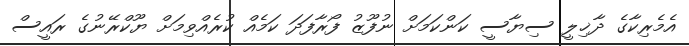
އެމެރިކާގެ ދާޚިލީ ސިޔާސީ ކަންކަމަށް ނުފޫޒު ފޯރާފަދަ ކަމެއް ކުރެއްވިމަށް ޔޫކްރޭނުގެ ރައީސް